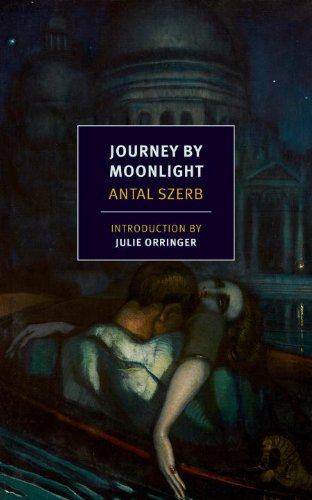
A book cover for Journey by Moonlight (NYRB Classics); Antal Szerb; Science Fiction & Fantasy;